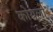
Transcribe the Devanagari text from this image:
कोयलो